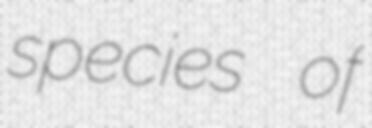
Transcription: species of